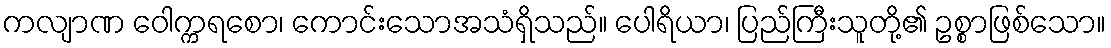
ကလျာဏ ဝေါက္ကရစော၊ ကောင်းသောအသံရှိသည်။ ပေါရိယာ၊ ပြည်ကြီးသူတို့၏ ဥစ္စာဖြစ်သော။